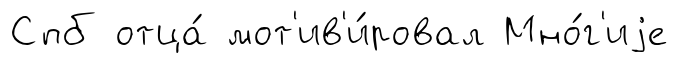
Спб отца́ мот'ив'и́ровал Мно́г'иjе